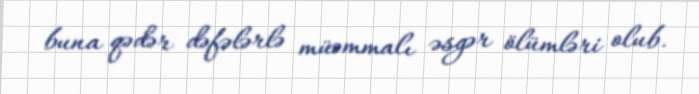
buna qədər dəfələrlə müəmmalı əsgər ölümləri olub.